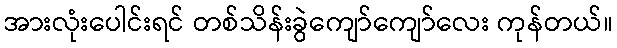
အားလုံးပေါင်းရင် တစ်သိန်းခွဲကျော်ကျော်လေး ကုန်တယ်။